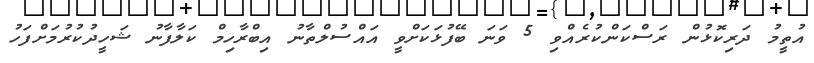
އުތީމު ދަރިކޮޅުން ރަސްކަންކުރެއްވި 5 ވަނަ ބޭފުޅަކަށްވީ އައްސުލްތާނު އިބްރާހިމް ކަލާފާނު ޝަހީދުކުރުމަށްފަހު